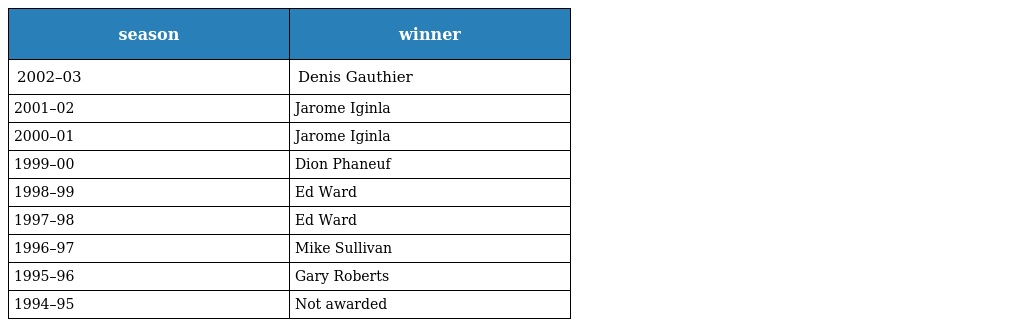
| season | winner |
 | --- | --- |
 | 2002–03 | Denis Gauthier |
 | 2001–02 | Jarome Iginla |
 | 2000–01 | Jarome Iginla |
 | 1999–00 | Dion Phaneuf |
 | 1998–99 | Ed Ward |
 | 1997–98 | Ed Ward |
 | 1996–97 | Mike Sullivan |
 | 1995–96 | Gary Roberts |
 | 1994–95 | Not awarded |